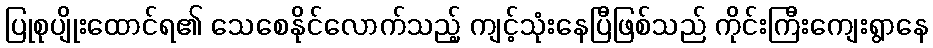
ပြုစုပျိုးထောင်ရ၏ သေစေနိုင်လောက်သည့် ကျင့်သုံးနေပြီဖြစ်သည် ကိုင်းကြီးကျေးရွာနေ